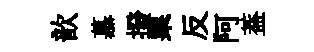
歆慕撥栗反阿葢